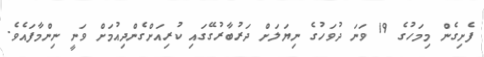
ފެށިގެން މިމަހުގެ 19 ވަނަ ދުވަހުގެ ނިޔަލަށް ދަރުބާރުގޭގައި ކުރިއަށްގެންދިއުމަށް ވަނީ ނިންމާފައެވެ.